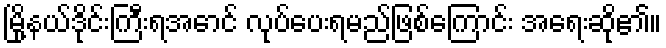
မြို့နယ်ဒိုင်းကြီးရအောင် လုပ်ပေးရမည်ဖြစ်ကြောင်း အရေးဆို၏။